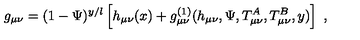
g _ { \mu \nu } = ( 1 - \Psi ) ^ { y / l } \left[ h _ { \mu \nu } ( x ) + g _ { \mu \nu } ^ { ( 1 ) } ( h _ { \mu \nu } , \Psi , T _ { \mu \nu } ^ { A } , T _ { \mu \nu } ^ { B } , y ) \right] \ ,